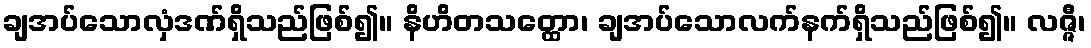
ချအပ်သောလှံဒဏ်ရှိသည်ဖြစ်၍။ နိဟိတသတ္ထော၊ ချအပ်သောလက်နက်ရှိသည်ဖြစ်၍။ လဇ္ဇီ၊